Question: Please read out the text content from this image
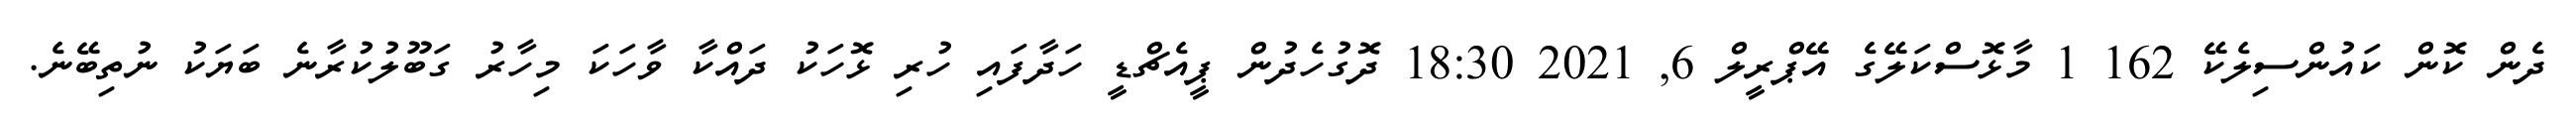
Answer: ދެން ކޮން ކައުންސިލެކޭ 162 1 މާޅޮސްކަލޭގެ އޭޕްރީލް 6, 2021 18:30 ދޮގުހެދުން ޕީއެޗްޑީ ހަދާފައި ހުރި ޅޮހަކު ދައްކާ ވާހަކަ މިހާރު ގަބޫލުކުރާނެ ބަޔަކު ނުތިބޭނެ.